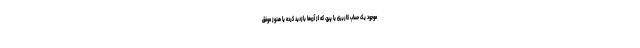
موجود یک حساب کاربری یا پیج، که از آن‌ها بازدید کرده یا هنوز موفق